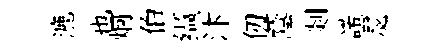
漉也炯伯缬汴仞蔭剡諾瑟